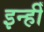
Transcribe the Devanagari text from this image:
इन्हीँ